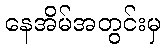
နေအိမ်အတွင်းမှ